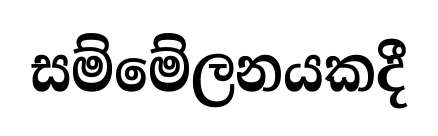
සම්මේලනයකදී